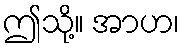
ဤသို့။ အာဟ၊